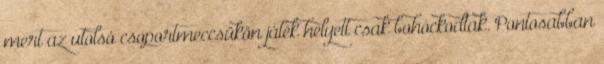
mert az utolsó csoportmeccsükön játék helyett csak bohóckodtak. Pontosabban